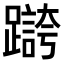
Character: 𫏥